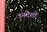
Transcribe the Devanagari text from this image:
उनदेशों